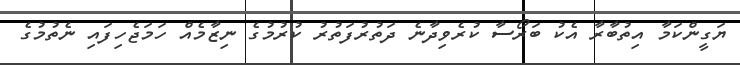
ޔަގީންކަމާ އިތުބާރާ އެކު ބަރޯސާ ކުރެވިދާނެ ދަތުރުފަތުރު ކުރުމުގެ ނިޒާމެއް ހަމަޖެހިފައި ނެތުމުގެ